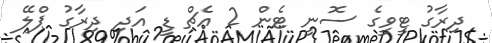
ދިރާގު ޓީވީގެ ސޮނީ ޓެން 2 އެޗް ޑީ އަދި ދިރާގު ޕްލޭ